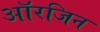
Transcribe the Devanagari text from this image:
आॅरजिन